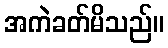
အကဲခတ်မိသည်။